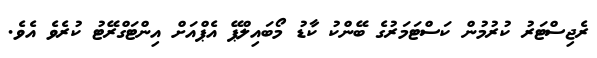
ރެޖިސްޓަރު ކުރުމުން ކަސްޓަމަރުގެ ބޭންކު ކާޑު މޯބައިލްޕޭ އެޕްއަށް އިންޓަގްރޭޓު ކުރެވެ އެވެ.